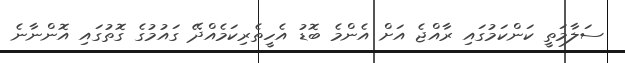
ސަލާމަތީ ކަންކަމުގައި ރާއްޖެ އަށް އެންމެ ބޮޑު އެހީތެރިކަމެއްދޭ ގައުމުގެ ގޮތުގައި އޮންނާނެ